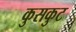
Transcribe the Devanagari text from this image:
कुसकुट